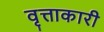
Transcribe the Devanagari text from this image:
वृत्ताकारी